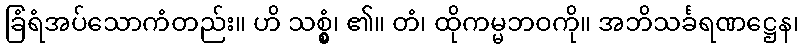
ခြံရံအပ်သောကံတည်း။ ဟိ သစ္စွံ၊ ၏။ တံ၊ ထိုကမ္မဘဝကို။ အဘိသင်္ခရဏဋ္ဌေန၊